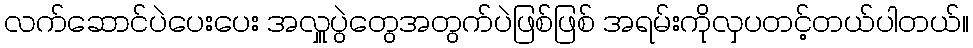
လက်ဆောင်ပဲပေးပေး အလှူပွဲတွေအတွက်ပဲဖြစ်ဖြစ် အရမ်းကိုလှပတင့်တယ်ပါတယ်။